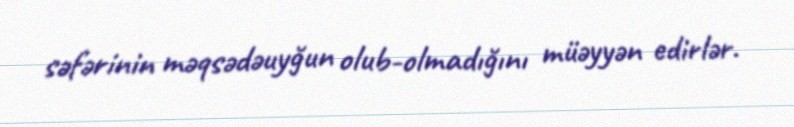
səfərinin məqsədəuyğun olub-olmadığını müəyyən edirlər.